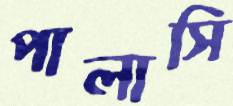
পালাসি